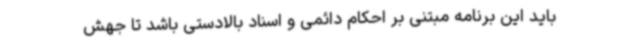
باید این برنامه مبتنی بر احکام دائمی و اسناد بالادستی باشد تا جهش